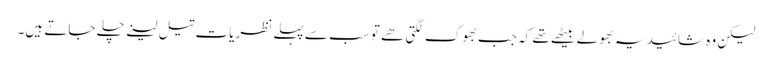
لیکن وہ شائید یہ بھولے بیٹھے تھے کہ جب بھوک لگتی ھے تو سب سے پہلے نظریات تیل لینے چلے جاتے ہیں۔